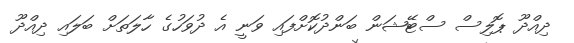
ދިއްދޫ ޕޮލިސް ސްޓޭޝަން ބަންދުކޮށްފައި ވަނީ އެ ދުވަހުގެ ހާލަތަށް ބަލައި ދިއްދޫ